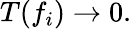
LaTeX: T(f_{i})\to 0.